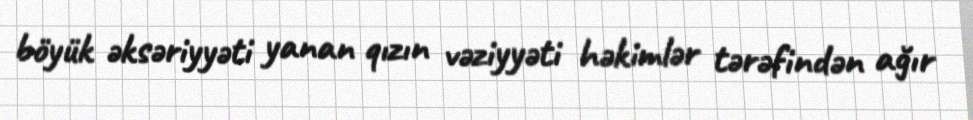
böyük əksəriyyəti yanan qızın vəziyyəti həkimlər tərəfindən ağır